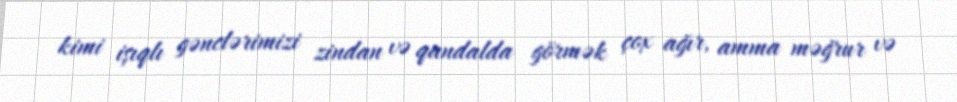
kimi işıqlı gənclərimizi zindan və qandalda görmək çox ağır, amma məğrur və